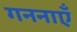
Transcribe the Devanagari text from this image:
गननाएँ